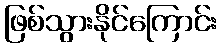
ဖြစ်သွားနိုင်ကြောင်း